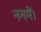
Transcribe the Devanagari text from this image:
नगमें।